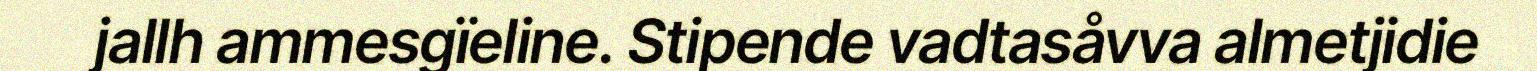
jallh ammesgïeline. Stipende vadtasåvva almetjidie